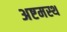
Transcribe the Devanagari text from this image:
अष्टमस्थ